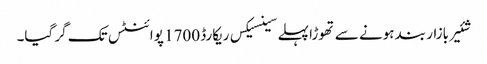
شئیر بازار بند ہونے سے تھوڑا پہلے سینسیکس ریکارڈ 1700 پوائنٹس تک گر گیا۔